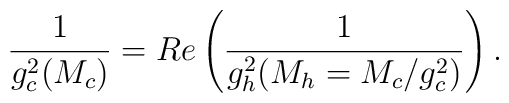
\frac{1}{g_c^2(M_c)} = Re\left(\frac{1}{g^2_h(M_h=M_c/g_c^2)}\right).